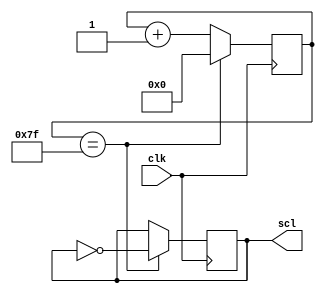
module I2C_Timing_Control_and_Synchronization (
    input wire clk,
    output reg scl
);

reg [7:0] counter = 0;

always @(posedge clk) begin
    if (counter == 8'd127) begin
        scl <= ~scl;
        counter <= 0;
    end else begin
        counter <= counter + 1;
    end
end

endmodule